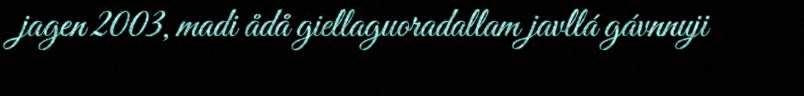
jagen 2003, madi ådå giellaguoradallam javllá gávnnuji